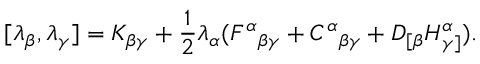
[ \lambda _ { \beta } , \lambda _ { \gamma } ] = K _ { \beta \gamma } + \frac 1 2 \lambda _ { \alpha } ( F ^ { \alpha } { } _ { \beta \gamma } + C ^ { \alpha } { } _ { \beta \gamma } + D _ { [ \beta } H _ { \gamma ] } ^ { \alpha } ) .